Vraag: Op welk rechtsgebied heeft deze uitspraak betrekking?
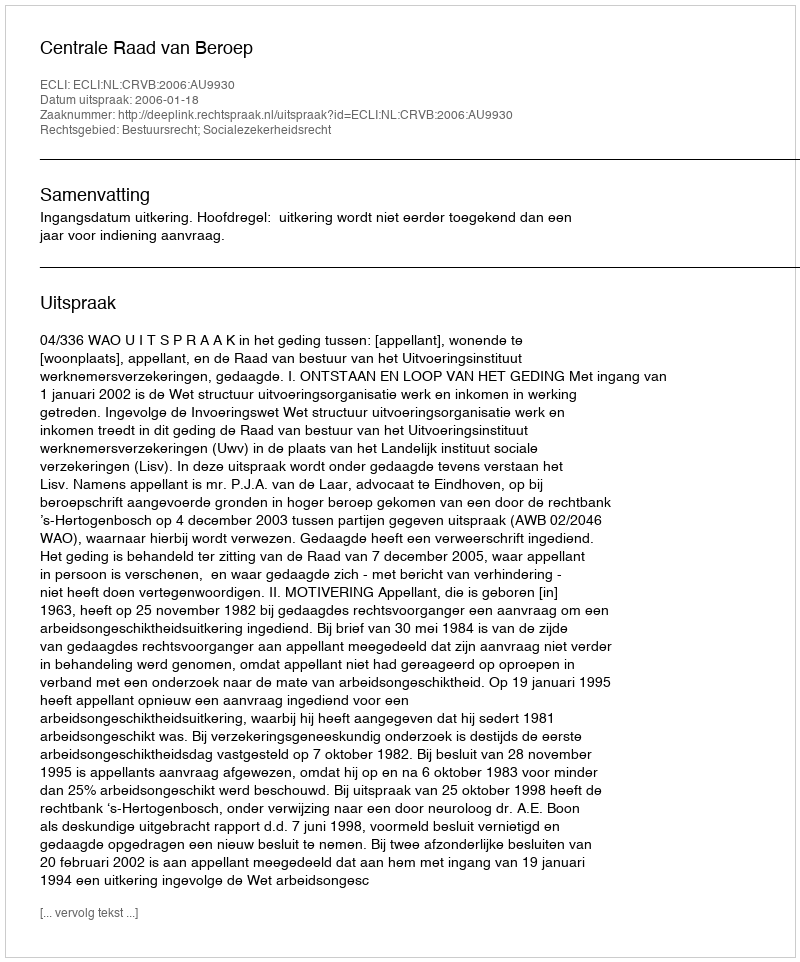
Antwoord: Bestuursrecht; Socialezekerheidsrecht